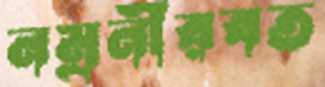
নম্রনীরবত